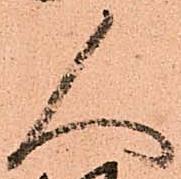
人